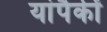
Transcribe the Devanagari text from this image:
यांपैकीं